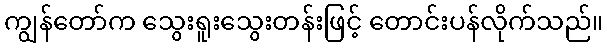
ကျွန်တော်က သွေးရူးသွေးတန်းဖြင့် တောင်းပန်လိုက်သည်။